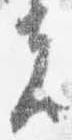
夫